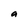
Character: a